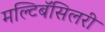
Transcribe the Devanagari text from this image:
मल्टिबॅसिलरी